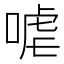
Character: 㖸